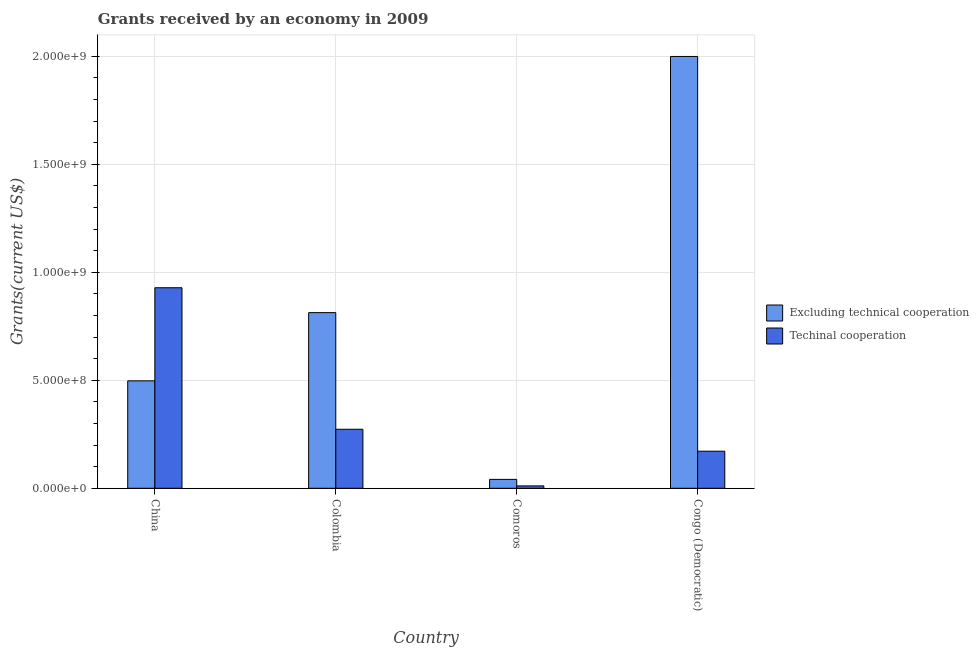
| Country | Excluding technical cooperation | Techinal cooperation |
 | --- | --- | --- |
 | China | 4.97e+08 | 9.29e+08 |
 | Colombia | 8.13e+08 | 2.73e+08 |
 | Comoros | 4.12e+07 | 1.1e+07 |
 | Congo (Democratic) | 2e+09 | 1.72e+08 |